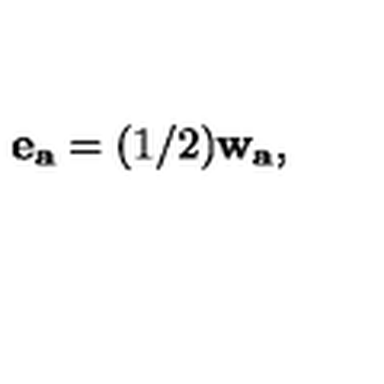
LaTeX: { \bf e _ { a } } = ( 1 / 2 ) { \bf w _ { a } } ,